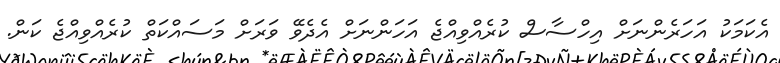
އެކަމަކު އަހަރެންނަށް އިހްސާސް ކުރެއްވިއްޖެ އަހަންނަށް އެދެވޭ ވަރަށް މަސައްކަތް ކުރެއްވިއްޖެ ކަން.